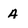
Character: A